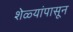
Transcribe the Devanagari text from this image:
शेळ्यांपासून